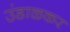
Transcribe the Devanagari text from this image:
उंडाळकर